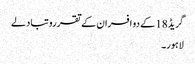
گریڈ18 کے دو افسران کے تقررو تبادلے
لاہور۔